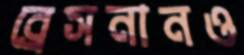
ব্রেসনানও